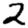
Digit: 2